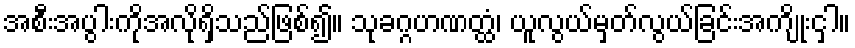
အစီးအပွါးကိုအလိုရှိသည်ဖြစ်၍။ သုခဂ္ဂဟဏတ္ထံ၊ ယူလွယ်မှတ်လွယ်ခြင်းအကျိုးငှါ။